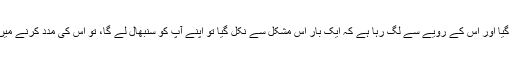
اور اگر وہ ناسمجھی کی وجہ سے پھنس گیا اور اس کے رویے سے لگ رہا ہے کہ ایک بار اس مشکل سے نکل گیا تو اپنے آپ کو سنبھال لے گا، تو اس کی مدد کرنے میں حرج نہیں کہ ہم سب یہاں سیکھتے ہیں۔